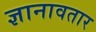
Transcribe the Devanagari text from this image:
ज्ञानावतार